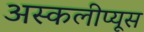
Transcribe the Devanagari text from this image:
अस्कलीप्यूस